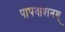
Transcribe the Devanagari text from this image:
पापनाशनम्